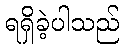
ရရှိခဲ့ပါသည်